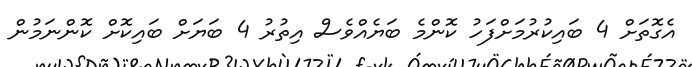
އެގޮތަށް 4 ބައިކުރުމަށްފަހު ކޮންމެ ބަޔެއްވެސް އިތުރު 4 ބަޔަށް ބައިކޮށް ކޮންނަމުން